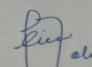
Signature authenticity: forged